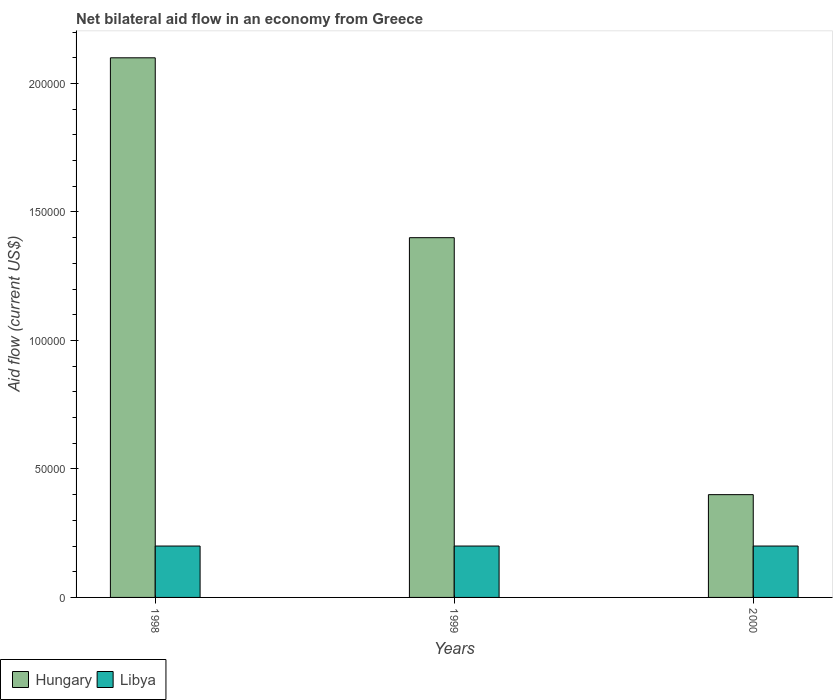
| Years | Hungary | Libya |
 | --- | --- | --- |
 | 1998 | 2.1e+05 | 2e+04 |
 | 1999 | 1.4e+05 | 2e+04 |
 | 2000 | 4e+04 | 2e+04 |